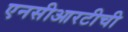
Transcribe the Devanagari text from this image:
एनसीआरटीची